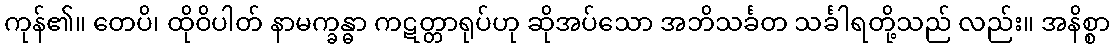
ကုန်၏။ တေပိ၊ ထိုဝိပါတ် နာမက္ခန္ဓာ ကဋတ္တာရုပ်ဟု ဆိုအပ်သော အဘိသင်္ခတ သင်္ခါရတို့သည် လည်း။ အနိစ္စာ